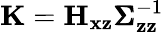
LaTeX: \mathbf{K}=\mathbf{H}_{\mathbf{x}\mathbf{z}}\pmb{\Sigma}_{\mathbf{z}\mathbf{z}}^{-1}